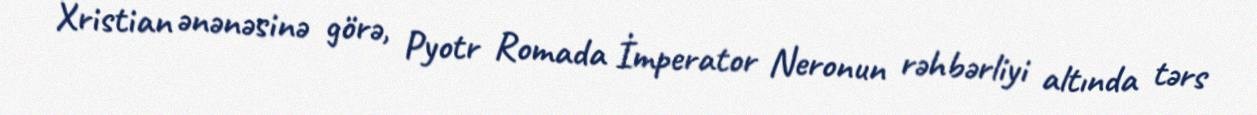
Xristian ənənəsinə görə, Pyotr Romada İmperator Neronun rəhbərliyi altında tərs